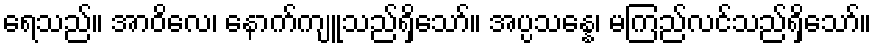
ရေသည်။ အာဝိလေ၊ နောက်ကျူသည်ရှိသော်။ အပ္ပသန္နေ၊ မကြည်လင်သည်ရှိသော်။